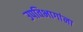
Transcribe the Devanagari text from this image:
उपविभागांना